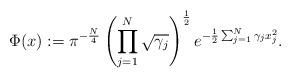
LaTeX: \begin{align*}\Phi(x):= \pi^{-\frac{N}{4}} \left( \prod_{j=1}^N \sqrt{\gamma_j}\right)^{\frac{1}{2}} e^{-\frac{1}{2}\sum_{j=1}^N \gamma_j x_j^2}.\end{align*}